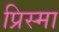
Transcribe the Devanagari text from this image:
प्रिस्मा